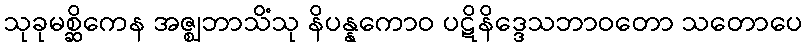
သုခုမစ္ဆိကေန အဇ္ဈဘာသိံသု နိပန္နကောဝ ပဋိနိဒ္ဒေသဘာဝတော သတောပေ